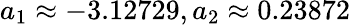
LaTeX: a_{1}\approx-3.12729,a_{2}\approx 0.23872